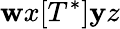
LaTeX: \mathbf{w}x[T^{*}]\mathbf{y}z